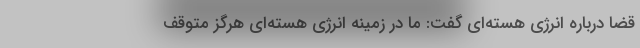
قضا درباره انرژی هسته‌ای گفت: ما در زمینه انرژی هسته‌ای هرگز متوقف